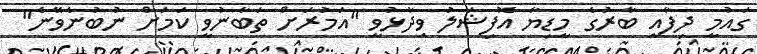
ގައުމީ ދިފާއީ ބާރުގެ މީޑިޔާ އޮފިޝަލު ވިދާޅުވީ "އަމުރަށް ތަބާނުވީ ކަމަށް ނުބުނެވޭނެ"